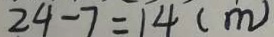
2 4 - 7 = 1 4 ( m )